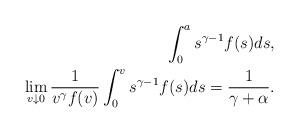
LaTeX: \begin{align*} \int_{0}^{a} s^{\gamma-1} f(s) ds ,\\\lim_{v \downarrow 0} \frac{1}{v^\gamma f(v)} \int_{0}^{v} s^{\gamma-1} f(s) ds= \frac{1}{\gamma + \alpha}.\end{align*}